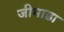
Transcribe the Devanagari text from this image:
जीमाडा